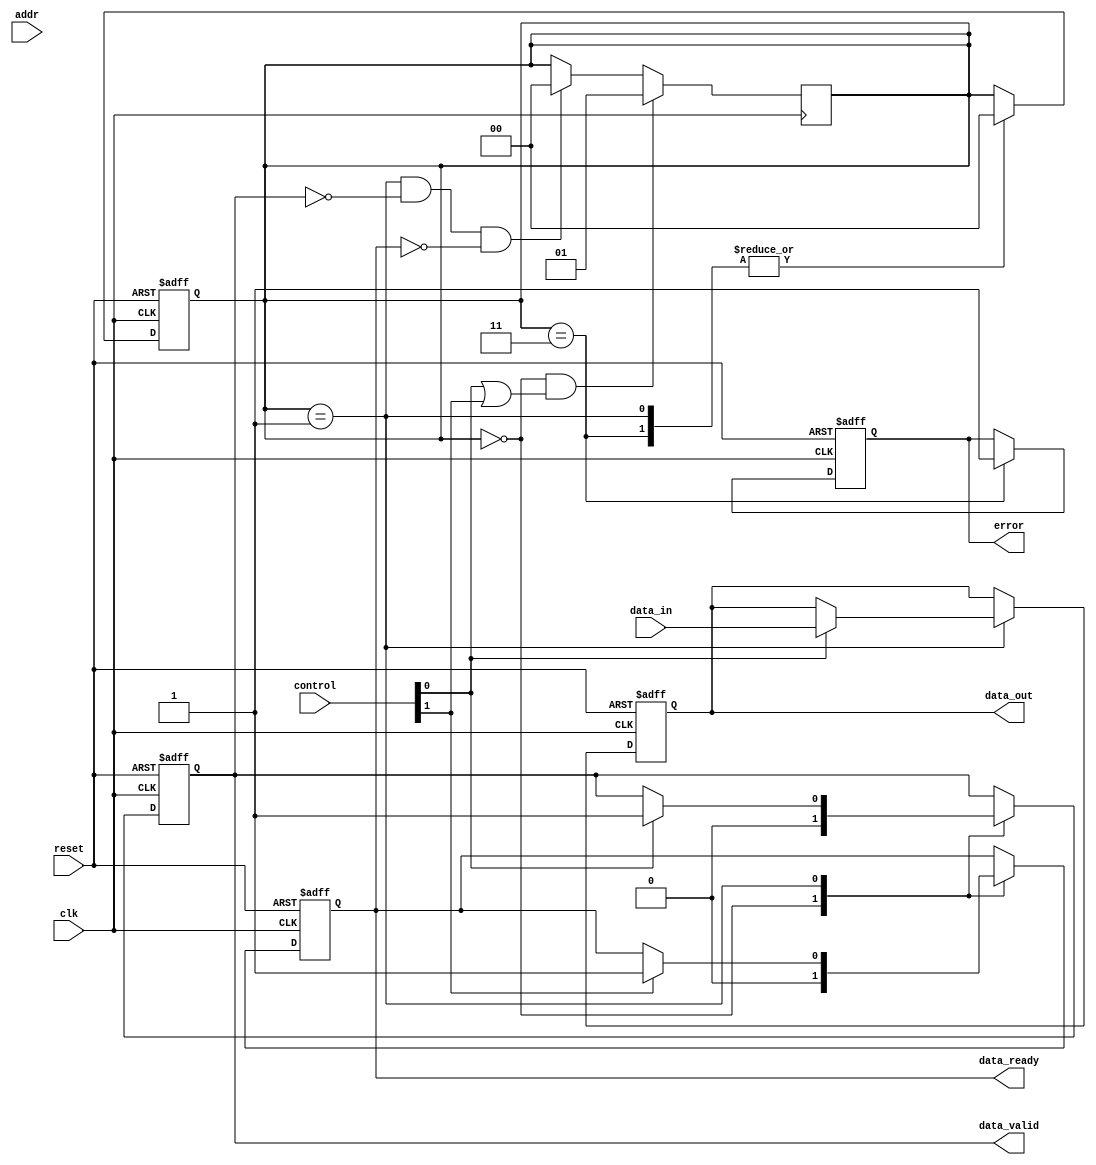
module ParameterizedBusInterface #(
    parameter DATA_WIDTH = 8,     // Width of data bus
    parameter ADDRESS_WIDTH = 8,  // Width of address bus
    parameter CONTROL_WIDTH = 2    // Width of control bus
)(
    input wire clk,                        // Clock signal
    input wire reset,                      // Reset signal
    input wire [DATA_WIDTH-1:0] data_in,  // Input data bus
    output reg [DATA_WIDTH-1:0] data_out, // Output data bus
    input wire [ADDRESS_WIDTH-1:0] addr,  // Address bus
    input wire [CONTROL_WIDTH-1:0] control, // Control signals
    output reg data_valid,                // Data valid signal
    output reg data_ready,                // Data ready signal
    output reg error                      // Error signal
);

// State definitions
localparam IDLE   = 2'b00;
localparam ACTIVE = 2'b01;
localparam WAIT   = 2'b10;
localparam ERROR  = 2'b11;

reg [1:0] state; // Current state

// Error flag example
reg error_flag;

// Combinational logic for output data and signals
always @(posedge clk or posedge reset) begin
    if (reset) begin
        state <= IDLE;
        data_out <= 0;
        data_valid <= 0;
        data_ready <= 0;
        error <= 0;
        error_flag <= 0;
    end else begin
        case (state)
            IDLE: begin
                data_valid <= 0;
                data_ready <= 0;
            end

            ACTIVE: begin
                if (control[0]) begin // Assuming control[0] is write enable
                    data_out <= data_in; // Send data to output bus
                    data_valid <= 1;      // Mark data as valid
                end

                if (control[1]) begin // Assuming control[1] is read enable
                    data_ready <= 1;     // Mark data as ready for reading
                end
                
                // Error detection example
                if (data_in[0] == 1'bx) begin // Dummy error condition
                    error <= 1;
                    state <= ERROR;
                end else begin
                    state <= IDLE;
                end
            end

            WAIT: begin
                // Wait state logic can be implemented here
            end

            ERROR: begin
                // Error handling logic can be implemented here
                error <= 1;
                state <= IDLE; // Return to idle state on error
            end

            default: state <= IDLE; // Default to idle state
        endcase
    end
end

// State transition logic
always @(posedge clk) begin
    if (state == IDLE && (control[0] || control[1])) begin
        state <= ACTIVE;
    end else if (state == ACTIVE && !data_valid && !data_ready) begin
        state <= IDLE; // Go back to IDLE if no operation
    end
end

endmodule